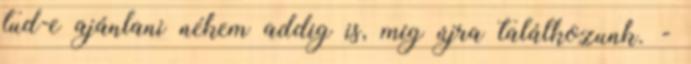
tud-e ajánlani nékem addig is, míg újra találkozunk. -